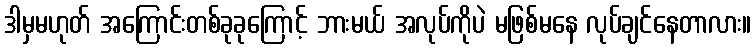
ဒါမှမဟုတ် အကြောင်းတစ်ခုခုကြောင့် ဘားမယ် အလုပ်ကိုပဲ မဖြစ်မနေ လုပ်ချင်နေတာလား။